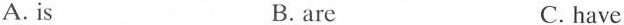
A. is B. are C. have